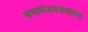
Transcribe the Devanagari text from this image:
सभामंडपजवळच